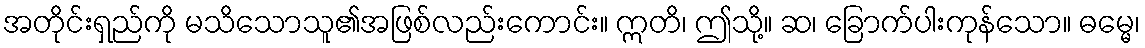
အတိုင်းရှည်ကို မသိသောသူ၏အဖြစ်လည်းကောင်း။ ဣတိ၊ ဤသို့။ ဆ၊ ခြောက်ပါးကုန်သော။ ဓမ္မေ၊